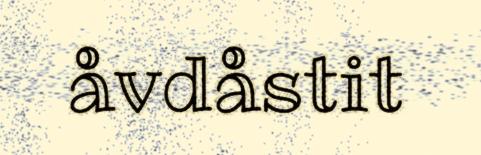
åvdåstit